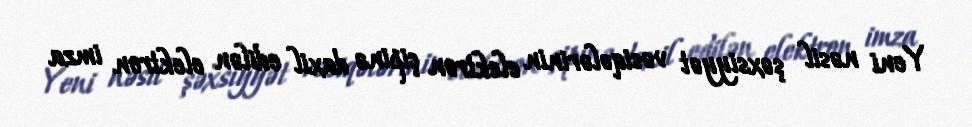
Yeni nəsil şəxsiyyət vəsiqələrinin elektron çipinə daxil edilən elektron imza